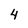
Character: 4